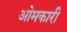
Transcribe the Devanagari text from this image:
ओमकारी